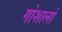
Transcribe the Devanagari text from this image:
गोशालों